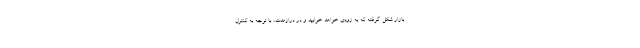
بازار شکل گرفته که به زودی خواهد خوابید و در درازمدت، با توجه به کنترل